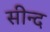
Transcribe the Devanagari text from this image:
सीन्द